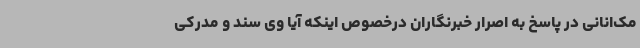
مک‌انانی در پاسخ به اصرار خبرنگاران درخصوص اینکه آیا وی سند و مدرکی